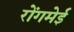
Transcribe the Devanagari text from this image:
रोंगमेई